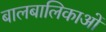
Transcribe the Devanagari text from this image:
बालबालिकाओं